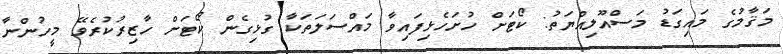
މަޤާމުގެ މައިގަޑު މަސްއޫލިއްޔަތު: ކޯޓަށް ހުށަހެޅިފައިވާ މައްސަލަތަކާ ގުޅިގެން ކޯޓަށް ހާޒިރުކުރެވޭ މީހުންނާ